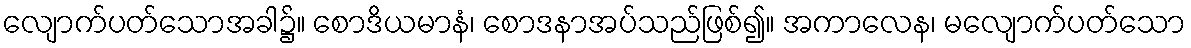
လျောက်ပတ်သောအခါ၌။ စောဒိယမာနံ၊ စောဒနာအပ်သည်ဖြစ်၍။ အကာလေန၊ မလျောက်ပတ်သော